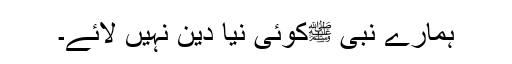
ہمارے نبی ﷺکوئی نیا دین نہیں لائے۔